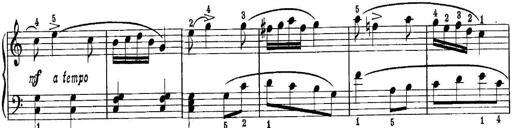
Title: Piano Sonatina No.1 in C major
Composer: Tadeusz Joteyko
Key: C major